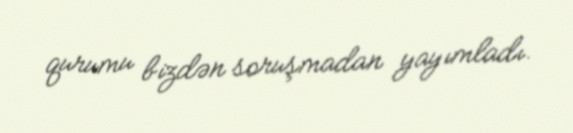
qurumu bizdən soruşmadan yayımladı.